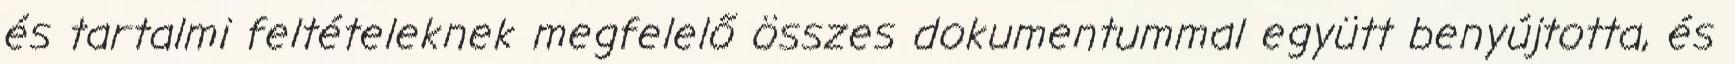
és tartalmi feltételeknek megfelelő összes dokumentummal együtt benyújtotta, és